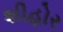
શીહોર